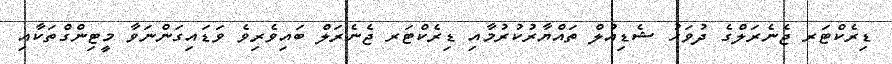
ޑިރެކްޓަރ ޖެނެރަލްގެ ދުވަހު ޝެޑިއުލް ތައްޔާރުކުރުމާއި ޑިރެކްޓަރ ޖެނެރަލް ބައިވެރިވެ ވަޑައިގަންނަވާ މީޓިންގްތަކާއި